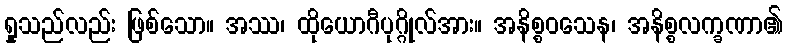
ရှုသည်လည်း ဖြစ်သော။ အဿ၊ ထိုယောဂီပုဂ္ဂိုလ်အား။ အနိစ္စဝသေန၊ အနိစ္စလက္ခဏာ၏